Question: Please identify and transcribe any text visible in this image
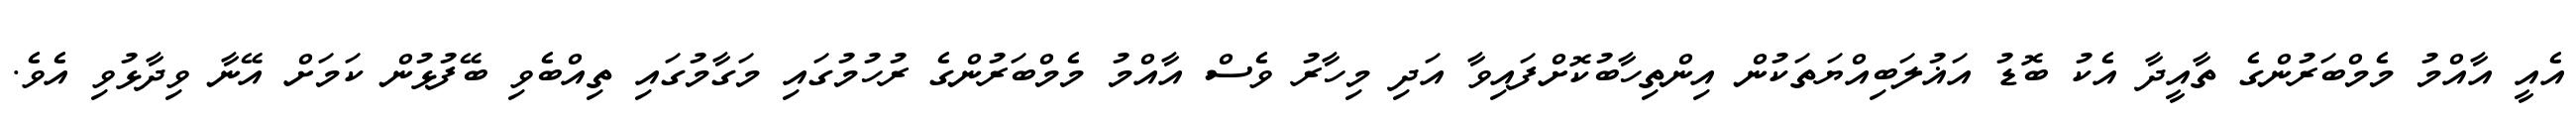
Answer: އެއީ އާއްމު މެމްބަރުންގެ ތާއީދާ އެކު ބޮޑު އަޣުލަބިއްޔަތަކުން އިންތިހާބުކޮށްފައިވާ އަދި މިހާރު ވެސް އާއްމު މެމްބަރުންގެ ރުހުމުގައި މަގާމުގައި ތިއްބެވި ބޭފުޅުން ކަމަށް އޭނާ ވިދާޅުވި އެވެ.